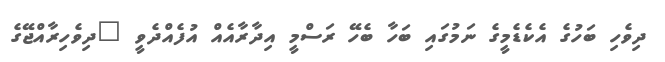
ދިވެހި ބަހުގެ އެކެޑެމީގެ ނަމުގައި ބަހާ ބެހޭ ރަސްމީ އިދާރާއެއް އުފެއްދެެވީ "ދިވެހިރާއްޖޭގެ